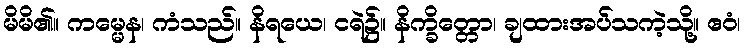
မိမိ၏။ ကမ္မေန၊ ကံသည်။ နိရယေ၊ ငရဲ၌။ နိက္ခိတ္တော၊ ချထားအပ်သကဲ့သို့။ ဧဝံ၊